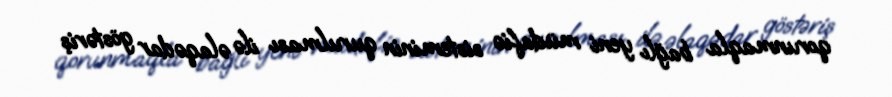
qorunmaqla bağlı yeni müdafiə sisteminin qurulması ilə əlaqədar göstəriş